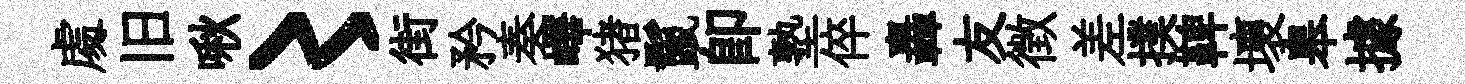
䖏旧啾〻街矜奏嶧猪鬣即塾倅轟友徴差撲鞞壞皋據